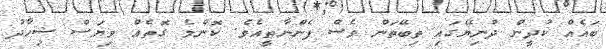
ބައެއް ކުދީން ދުނިޔޭގައި ތިބޭތަން ވެސް ފެންނާތީއެވެ. ކޮންމެ ގޮތެއް ވިޔަސް ޝިހާދު